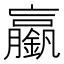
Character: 𨭞